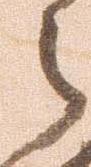
之